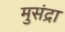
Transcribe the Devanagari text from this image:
मुसंद्रा